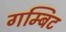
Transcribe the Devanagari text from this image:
गम्बिट